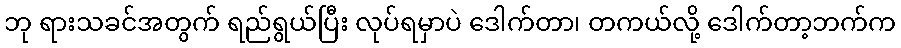
ဘု ရားသခင်အတွက် ရည်ရွယ်ပြီး လုပ်ရမှာပဲ ဒေါက်တာ၊ တကယ်လို့ ဒေါက်တာ့ဘက်က